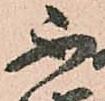
不